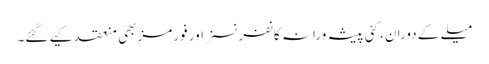
میلے کے دوران، کئی پیشہ ورانہ کانفرنسز اور فورمز بھی منعقد کیے گئے۔